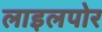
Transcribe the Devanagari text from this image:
लाइलपोर